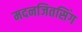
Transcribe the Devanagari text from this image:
मदनजितसिंग